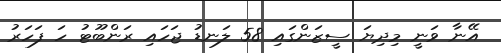
އޭނާ ވަނީ މިދިޔަ ސީޒަންގައި 58 ލަނޑު ޖަހައި ރަންބޫޓު ހަ ފަހަރު